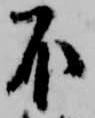
不